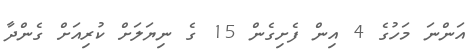
އަންނަ މަހުގެ 4 އިން ފެށިގެން 15 ގެ ނިޔަލަށް ކުރިއަށް ގެންދާ